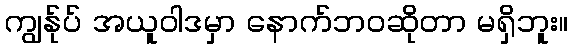
ကျွန်ုပ် အယူဝါဒမှာ နောက်ဘဝဆိုတာ မရှိဘူး။